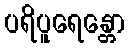
ပရိပူရေန္တော